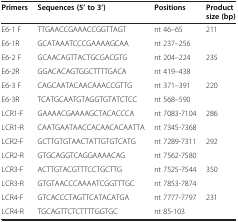
| Primers | Sequences (5’ to 3’) | Positions | Product size (bp) |
 | --- | --- | --- | --- |
 | E6-1 F | TTGAACCGAAACCGGTTAGT | nt 46–65 | <ROWSPAN=2> 211 |
 | E6-1R | GCATAAATCCCGAAAAGCAA | nt 237–256 |
 | E6-2 F | GCAACAGTTACTGCGACGTG | nt 204–224 | <ROWSPAN=2> 235 |
 | E6-2R | GGACACAGTGGCTTTTGACA | nt 419–438 |
 | E6-3 F | CAGCAATACAACAAACCGTTG | nt 371–391 | <ROWSPAN=2> 220 |
 | E6-3R | TCATGCAATGTAGGTGTATCTCC | nt 568–590 |
 | LCR1-F | GAAAACGAAAAGCTACACCCA | nt 7083-7104 | <ROWSPAN=2> 286 |
 | LCR1-R | CAATGAATAACCACAACACAATTA | nt 7345-7368 |
 | LCR2-F | GCTTGTGTAACTATTGTGTCATG | nt 7289-7311 | <ROWSPAN=2> 292 |
 | LCR2-R | GTGCAGGTCAGGAAAACAG | nt 7562-7580 |
 | LCR3-F | ACTTGTACGTTTCCTGCTTG | nt 7525-7544 | <ROWSPAN=2> 350 |
 | LCR3-R | GTGTAACCCAAAATCGGTTTGC | nt 7853-7874 |
 | LCR4-F | GTCACCCTAGTTCATACATGA | nt 7777-7797 | 231 |
 | LCR4-R | TGCAGTTCTCTTTTGGTGC | nt 85-103 |  |